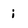
Character: i